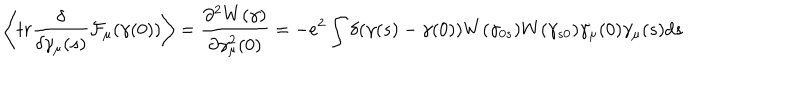
\left< t r \frac { \delta } { \delta \gamma _ { \mu } ( s ) } { \cal { F } } _ { \mu } ( \gamma ( 0 ) ) \right> = \frac { \partial ^ { 2 } W ( \gamma ) } { \partial \gamma _ { \mu } ^ { 2 } ( 0 ) } = - e ^ { 2 } \int \delta ( \gamma ( s ) - \gamma ( 0 ) ) W ( \gamma _ { 0 s } ) W ( \gamma _ { s 0 } ) \dot { \gamma _ { \mu } } ( 0 ) \dot { \gamma _ { \mu } } ( s ) d s